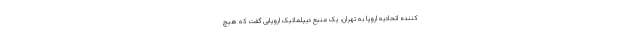
کننده اتحادیه اروپا به تهران، یک منبع دیپلماتیک اروپایی گفت که هیچ